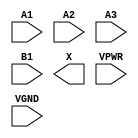
module sky130_fd_sc_hs__o31a (
    //# {{data|Data Signals}}
    input  A1  ,
    input  A2  ,
    input  A3  ,
    input  B1  ,
    output X   ,

    //# {{power|Power}}
    input  VPWR,
    input  VGND
);
endmodule